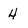
Character: 4